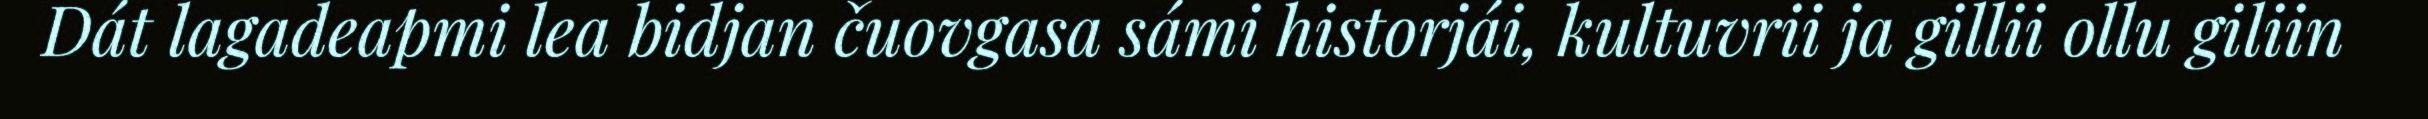
Dát lagadeapmi lea bidjan čuovgasa sámi historjái, kultuvrii ja gillii ollu giliin